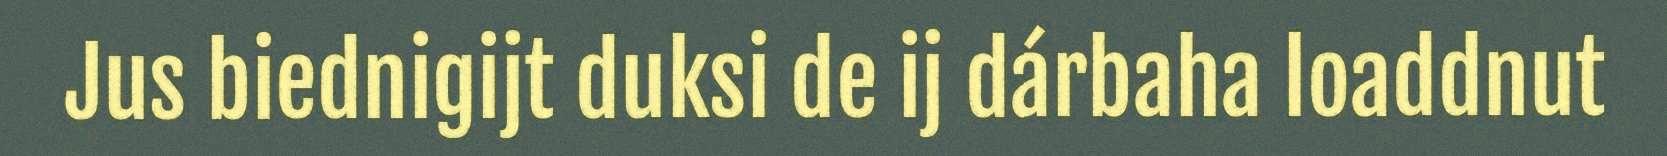
Jus biednigijt duksi de ij dárbaha loaddnut